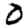
Digit: 0